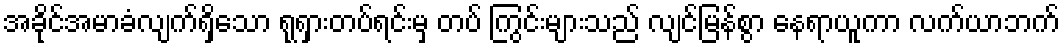
အခိုင်အမာခံလျက်ရှိသော ရုရှားတပ်ရင်းမှ တပ် ကြွင်းများသည် လျင်မြန်စွာ နေရာယူကာ လက်ယာဘက်